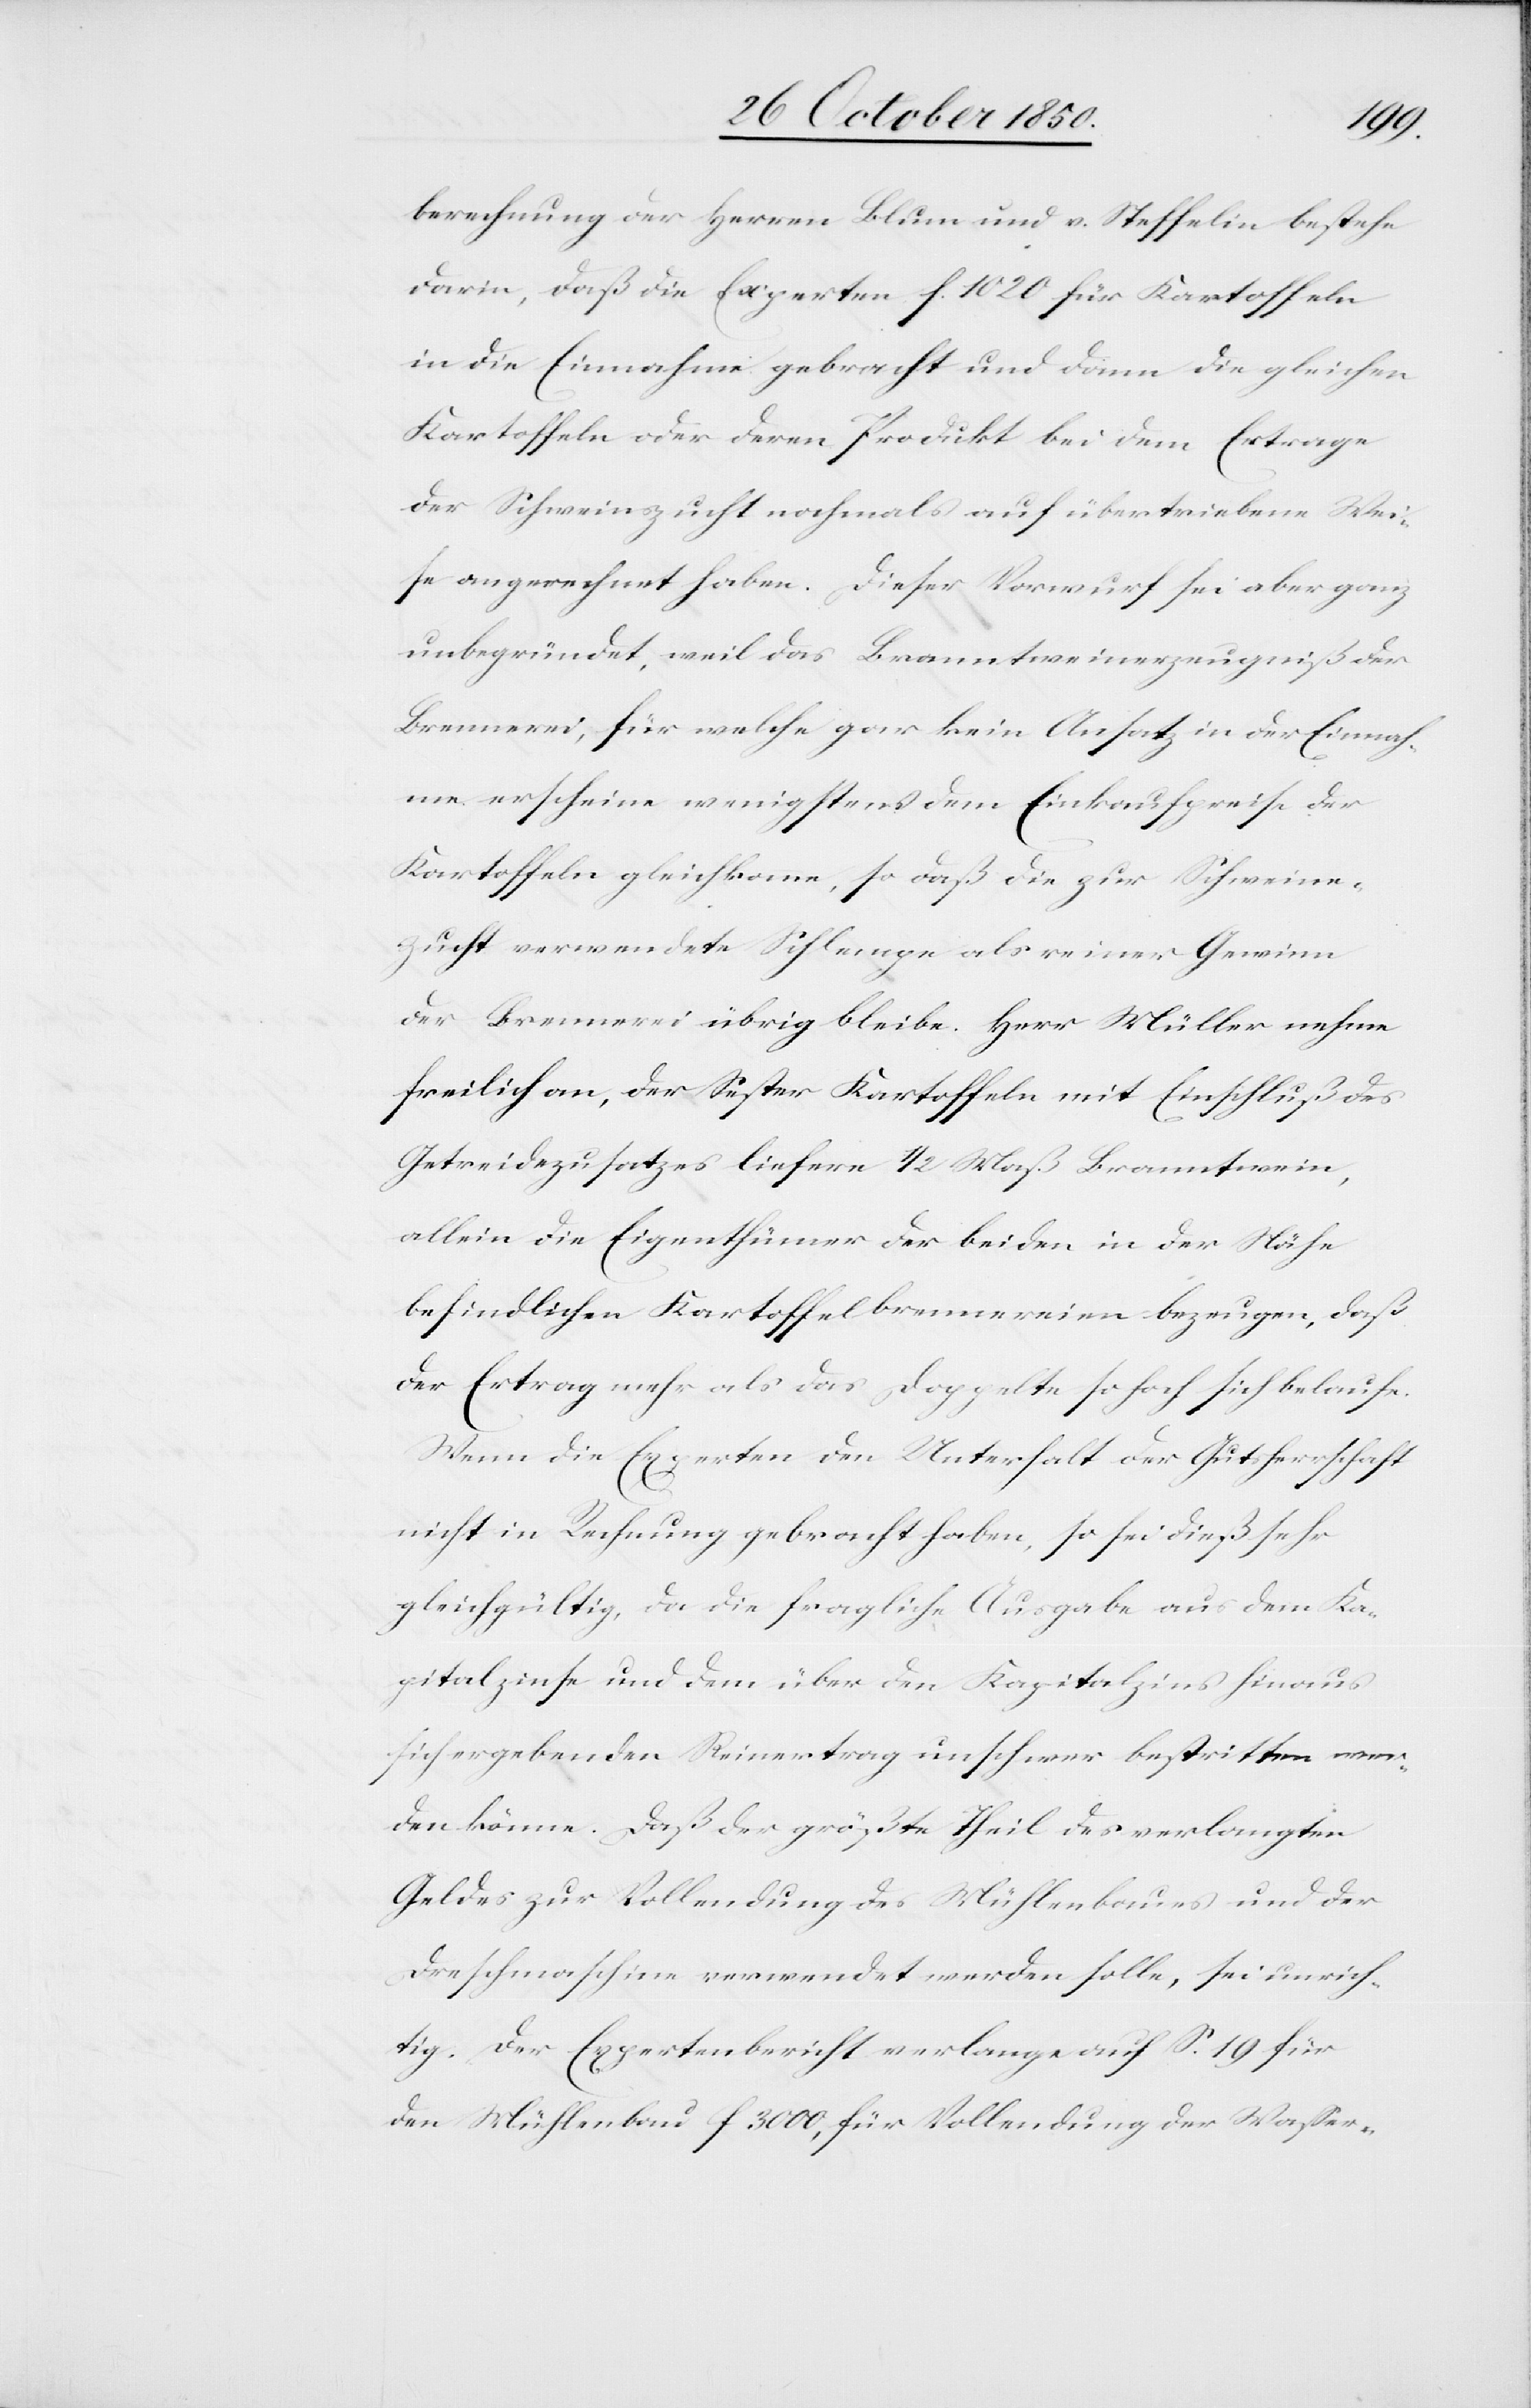
berechnung der Herren Blum und v. Steffelin bestehe
darin, daß die Experten f. 1020 für Kartoffeln
in die Einnahme gebracht und dann die gleichen
Kartoffeln oder deren Produkt bei dem Ertrage
der Schweinszucht nochmals auf übertriebene Wei¬
se angerechnet haben. Dieser Vorwurf sei aber ganz
unbegründet, weil das Branntweinerzeugniß der
Brennerei, für welche gar kein Ansatz in der Einnah¬
me erscheine wenigstens dem Einkaufpreise der
Kartoffeln gleichkomme, so daß die zur Schweine¬
zucht verwendete Schlempe als reiner Gewinn
der Brennerei übrig bleibe. Herr Müller nehme
freilich an, der Sester Kartoffeln mit Einschluß des
Getreidezusatzes liefere 1/2 Maß Branntwein,
allein die Eigenthümer der beiden in der Nähe
befindlichen Kartoffelbrennereien bezeugen, daß
der Ertrag mehr als das Doppelte so hoch sich belaufe.
Wenn die Experten den Unterhalt der Gutsherrschaft
nicht in Rechnung gebracht haben, so sei dieß sehr
gleichgültig, da die fragliche Ausgabe aus dem Ka¬
pitalzinse und dem über den Kapitalzins hinaus
sich ergebenden Reinertrag unschwer bestritten wer¬
den könne. Daß der größte Theil des verlangten
Geldes zur Vollendung des Mühlenbaues und der
Dreschmaschine verwendet werden solle, sei unrich¬
tig. Der Expertenbericht verlange auf S. 19 für
den Mühlenbau f 3000, für Vollendung der Wasser-